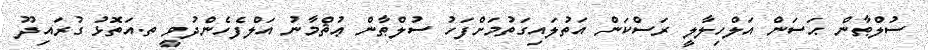
ސުލްޠާން ޙަސަން އަލްހިލާލީ ރަސްކަން އަތުލައިގަތުމަށްފަހު ސުލްޠާން ޢުޘްމާނު އަލްފެހެންދުވީ ތ.އަތޮޅު ގުރައިދޫ